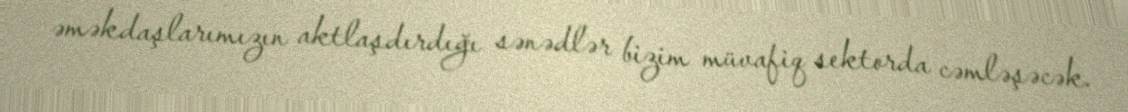
əməkdaşlarımızın aktlaşdırdığı sənədlər bizim müvafiq sektorda cəmləşəcək.